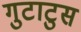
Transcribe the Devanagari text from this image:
गुटाटुस